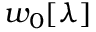
w _ { 0 } [ \lambda ]